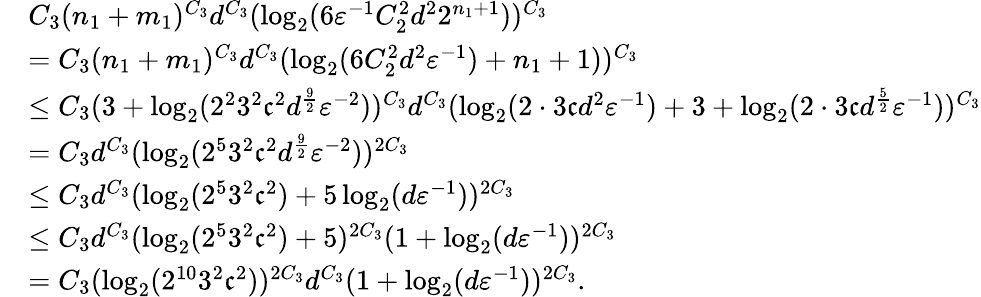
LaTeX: \begin{array}{rl}&{C_{3}(n_{1}+m_{1})^{C_{3}}d^{C_{3}}(\log_{2}(6{\varepsilon}^{-1}C_{2}^{2}d^{2}2^{n_{1}+1}))^{C_{3}}}\\ &{=C_{3}(n_{1}+m_{1})^{C_{3}}d^{C_{3}}(\log_{2}(6C_{2}^{2}d^{2}{\varepsilon}^{-1})+n_{1}+1))^{C_{3}}}\\ &{\leq C_{3}(3+\log_{2}(2^{2}3^{2}\mathfrak{c}^{2}d^{\frac{9}{2}}{\varepsilon}^{-2}))^{C_{3}}d^{C_{3}}(\log_{2}(2\cdot 3\mathfrak{c}d^{2}{\varepsilon}^{-1})+3+\log_{2}(2\cdot 3\mathfrak{c}d^{\frac{5}{2}}{\varepsilon}^{-1}))^{C_{3}}}\\ &{=C_{3}d^{C_{3}}(\log_{2}(2^{5}3^{2}\mathfrak{c}^{2}d^{\frac{9}{2}}{\varepsilon}^{-2}))^{2C_{3}}}\\ &{\leq C_{3}d^{C_{3}}(\log_{2}(2^{5}3^{2}\mathfrak{c}^{2})+5\log_{2}(d{\varepsilon}^{-1}))^{2C_{3}}}\\ &{\leq C_{3}d^{C_{3}}(\log_{2}(2^{5}3^{2}\mathfrak{c}^{2})+5)^{2C_{3}}(1+\log_{2}(d{\varepsilon}^{-1}))^{2C_{3}}}\\ &{=C_{3}(\log_{2}(2^{10}3^{2}\mathfrak{c}^{2}))^{2C_{3}}d^{C_{3}}(1+\log_{2}(d{\varepsilon}^{-1}))^{2C_{3}}.}\end{array}